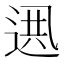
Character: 𨓟